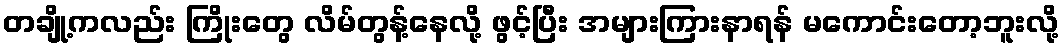
တချို့ကလည်း ကြိုးတွေ လိမ်တွန့်နေလို့ ဖွင့်ပြီး အများကြားနာရန် မကောင်းတော့ဘူးလို့